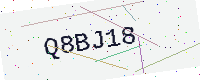
Text: Q8BJ18